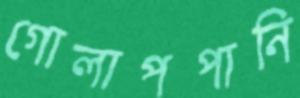
গোলাপপানি